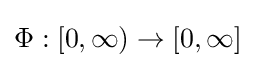
\Phi :[0,\infty )\to [0,\infty ]